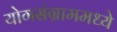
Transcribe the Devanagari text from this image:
योगसंग्राममध्ये